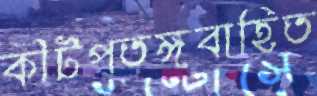
কীটপতঙ্গবাহিত